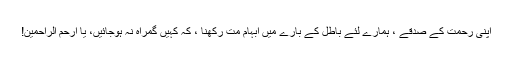
اپنی رحمت کے صدقے ، ہمارے لئے باطل کے بارے میں ابہام مت رکھنا ، کہ کہیں گمراہ نہ ہوجائیں، یا ارحم الراحمین!